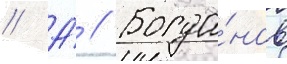
// А́ // Богда́нов